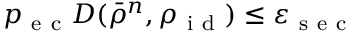
p _ { \mathrm { ~ e ~ c ~ } } D ( \bar { \rho } ^ { n } , \rho _ { \mathrm { ~ i ~ d ~ } } ) \leq \varepsilon _ { \mathrm { ~ s ~ e ~ c ~ } }